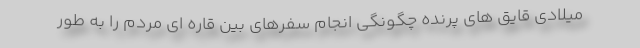
میلادی قایق های پرنده چگونگی انجام سفرهای بین قاره ای مردم را به طور